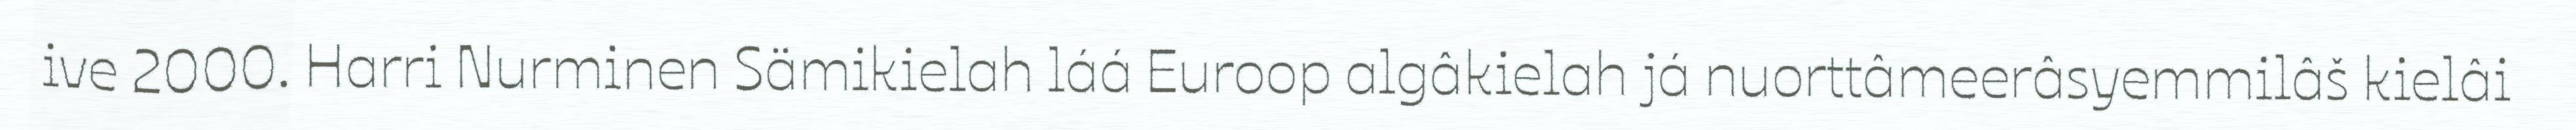
ive 2000. Harri Nurminen Sämikielah láá Euroop algâkielah já nuorttâmeerâsyemmilâš kielâi